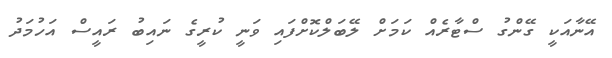
އޭނާއަކީ ގޭންގު ސްޓާރެއް ކަމަށް ލޭބަލްކޮށްފައި ވަނީ ކުރީގެ ނައިބު ރައީސް އަހުމަދު